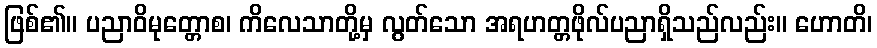
ဖြစ်၏။ ပညာဝိမုတ္တောစ၊ ကိလေသာတို့မှ လွတ်သော အရဟတ္တဖိုလ်ပညာရှိသည်လည်း။ ဟောတိ၊